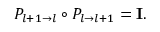
P _ { l + 1 \rightarrow l } \circ P _ { l \rightarrow l + 1 } = \mathbf { I } .